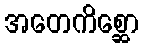
အတေကိစ္ဆော